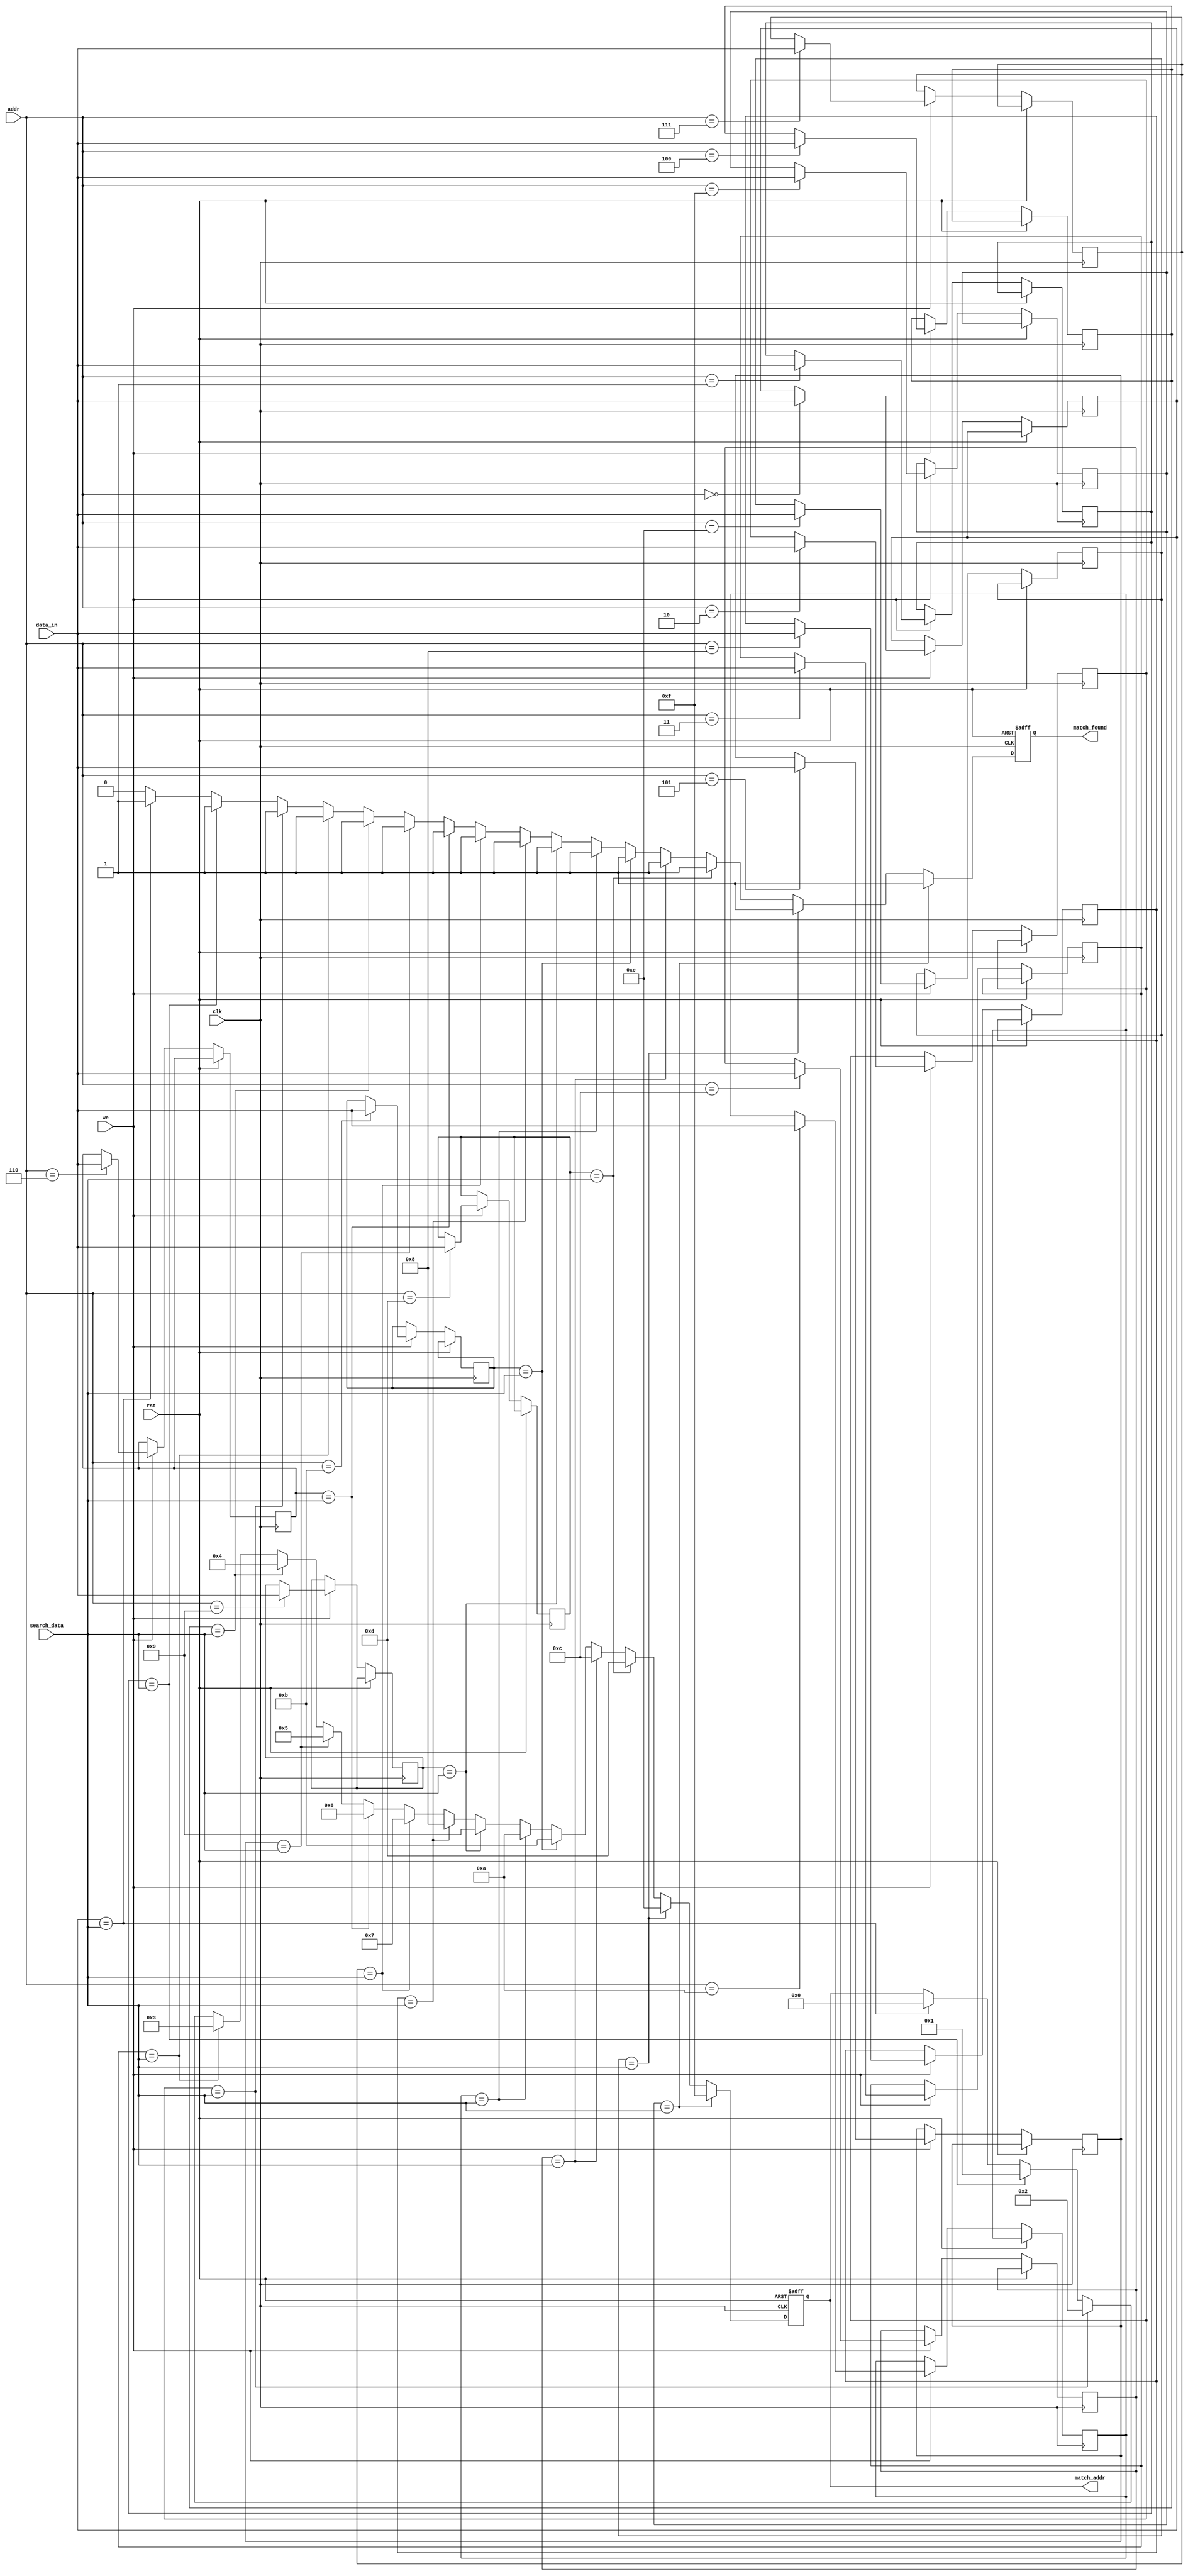
module bcam #(
    parameter N = 16, // Number of entries
    parameter W = 8    // Width of each entry
)(
    input wire clk,                   // Clock signal
    input wire rst,                   // Reset signal
    input wire [W-1:0] data_in,      // Data input for write
    input wire [3:0] addr,            // Address for write/read
    input wire we,                    // Write enable signal
    input wire [W-1:0] search_data,  // Data input for search
    output reg match_found,           // Match found indicator
    output reg [3:0] match_addr       // Address of matching entry
);

    // Memory array
    reg [W-1:0] mem_array [0:N-1];

    // Match logic
    integer i;

    always @(posedge clk or posedge rst) begin
        if (rst) begin
            // Reset match found and address
            match_found <= 1'b0;
            match_addr <= 4'b0000;
        end else begin
            // Write operation
            if (we) begin
                mem_array[addr] <= data_in;
            end
            
            // Search operation
            match_found <= 1'b0; // Reset match found
            for (i = 0; i < N; i = i + 1) begin
                if (mem_array[i] == search_data) begin
                    match_found <= 1'b1;
                    match_addr <= i; // Store the address of the first match
                end
            end
        end
    end

    // Optional: Additional outputs for match count, etc., can be added here

endmodule